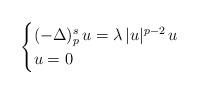
LaTeX: \begin{align*} \begin{cases}(- \Delta)_p^s\, u = \lambda\, |u|^{p-2}\, u & \\u = 0 & \end{cases}\end{align*}